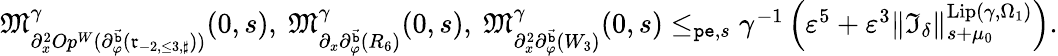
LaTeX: \begin{array}{r}{\mathfrak{M}_{\partial_{x}^{2}Op^{W}(\partial_{\varphi}^{\vec{\mathtt{b}}}(\mathfrak{r}_{-2,\le 3,\sharp}))}^{\gamma}(0,s),\ \mathfrak{M}_{\partial_{x}\partial_{\varphi}^{\vec{\mathtt{b}}}(R_{6})}^{\gamma}(0,s),\ \mathfrak{M}_{\partial_{x}^{2}\partial_{\varphi}^{\vec{\mathtt{b}}}(W_{3})}^{\gamma}(0,s)\le_{\mathtt{pe},s}\gamma^{-1}\left(\varepsilon^{5}+\varepsilon^{3}\rVert\mathfrak{I}_{\delta}\rVert_{s+\mu_{0}}^{\mathrm{Lip}(\gamma,\Omega_{1})}\right).}\end{array}